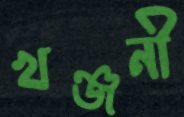
খঞ্জনী